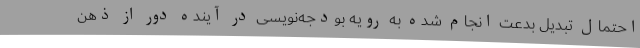
احتمال تبدیل بدعت انجام شده به رویه‌ بودجه‌نویسی در آینده دور از ذهن